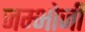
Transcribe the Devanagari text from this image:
जम्भोजी